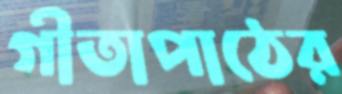
গীতাপাঠের